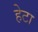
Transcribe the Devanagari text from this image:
हेटा